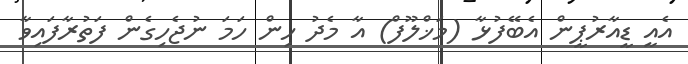
އެއީ ޑީއާރުޕީން އެބޭފުޅާ (މަޚްލޫފް) އާ މެދު ހިން ހަމަ ނުޖެހިގެން ފަތުރާފައިވާ